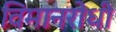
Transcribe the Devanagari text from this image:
विमानरोधी